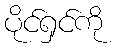
ပိုင်ရှင်ကို